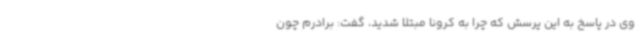
وی در پاسخ به این پرسش که چرا به کرونا مبتلا شدید، گفت: برادرم چون